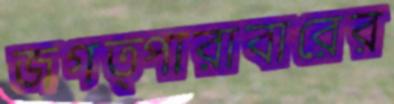
জগত্পারাবারের